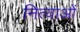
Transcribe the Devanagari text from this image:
नित्याओं